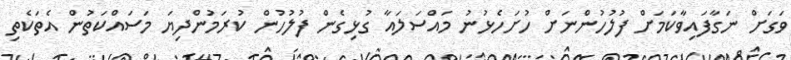
ވަގަށް ނަގާފައިވާކަމަށް ފުލުހުންނަށް ހުށަހެޅުނު މައްސަލައާ ގުޅިގެން ފުލުހުން ކުރަމުންދިޔަ މަސައްކަތުން އެތަކެތި